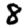
Digit: 8